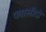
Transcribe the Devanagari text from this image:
प्लासीदो